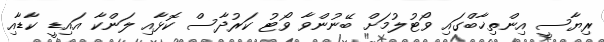
ރިޔާސީ އިންތިޚާބްގައި ވޯޓުލުމަށް ބޭނުންވާ ވޯޓު ކަރުދާސް ކޮޅާއި ލަންކާ އައިޑީ ކާޑާއި